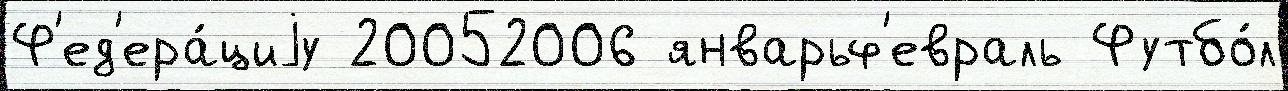
Ф'ед'ера́циjу 20052006 январьф'евраль Футбо́л